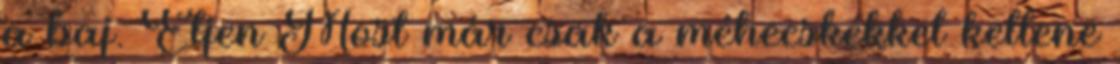
a baj. Éljen Most már csak a méhecskékkel kellene